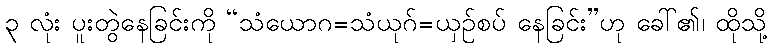
၃ လုံး ပူးတွဲနေခြင်းကို “သံယောဂ=သံယုဂ်=ယှဉ်စပ် နေခြင်း”ဟု ခေါ်၏၊ ထိုသို့